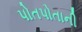
પોતપોતાની